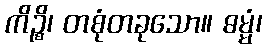
ကိဉ္စိ၊ တစုံတခုသော။ ဓမ္မံ၊